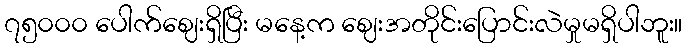
၇၅၀၀၀ ပေါက်ဈေးရှိပြီး မနေ့က ဈေးအတိုင်းပြောင်းလဲမှုမရှိပါဘူး။